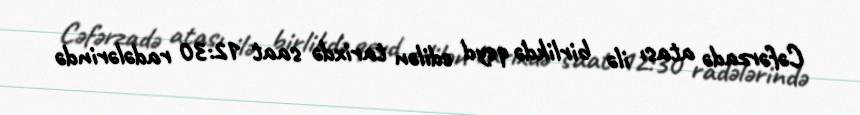
Cəfərzadə atası ilə birlikdə qeyd edilən tarixdə saat 12:30 radələrində